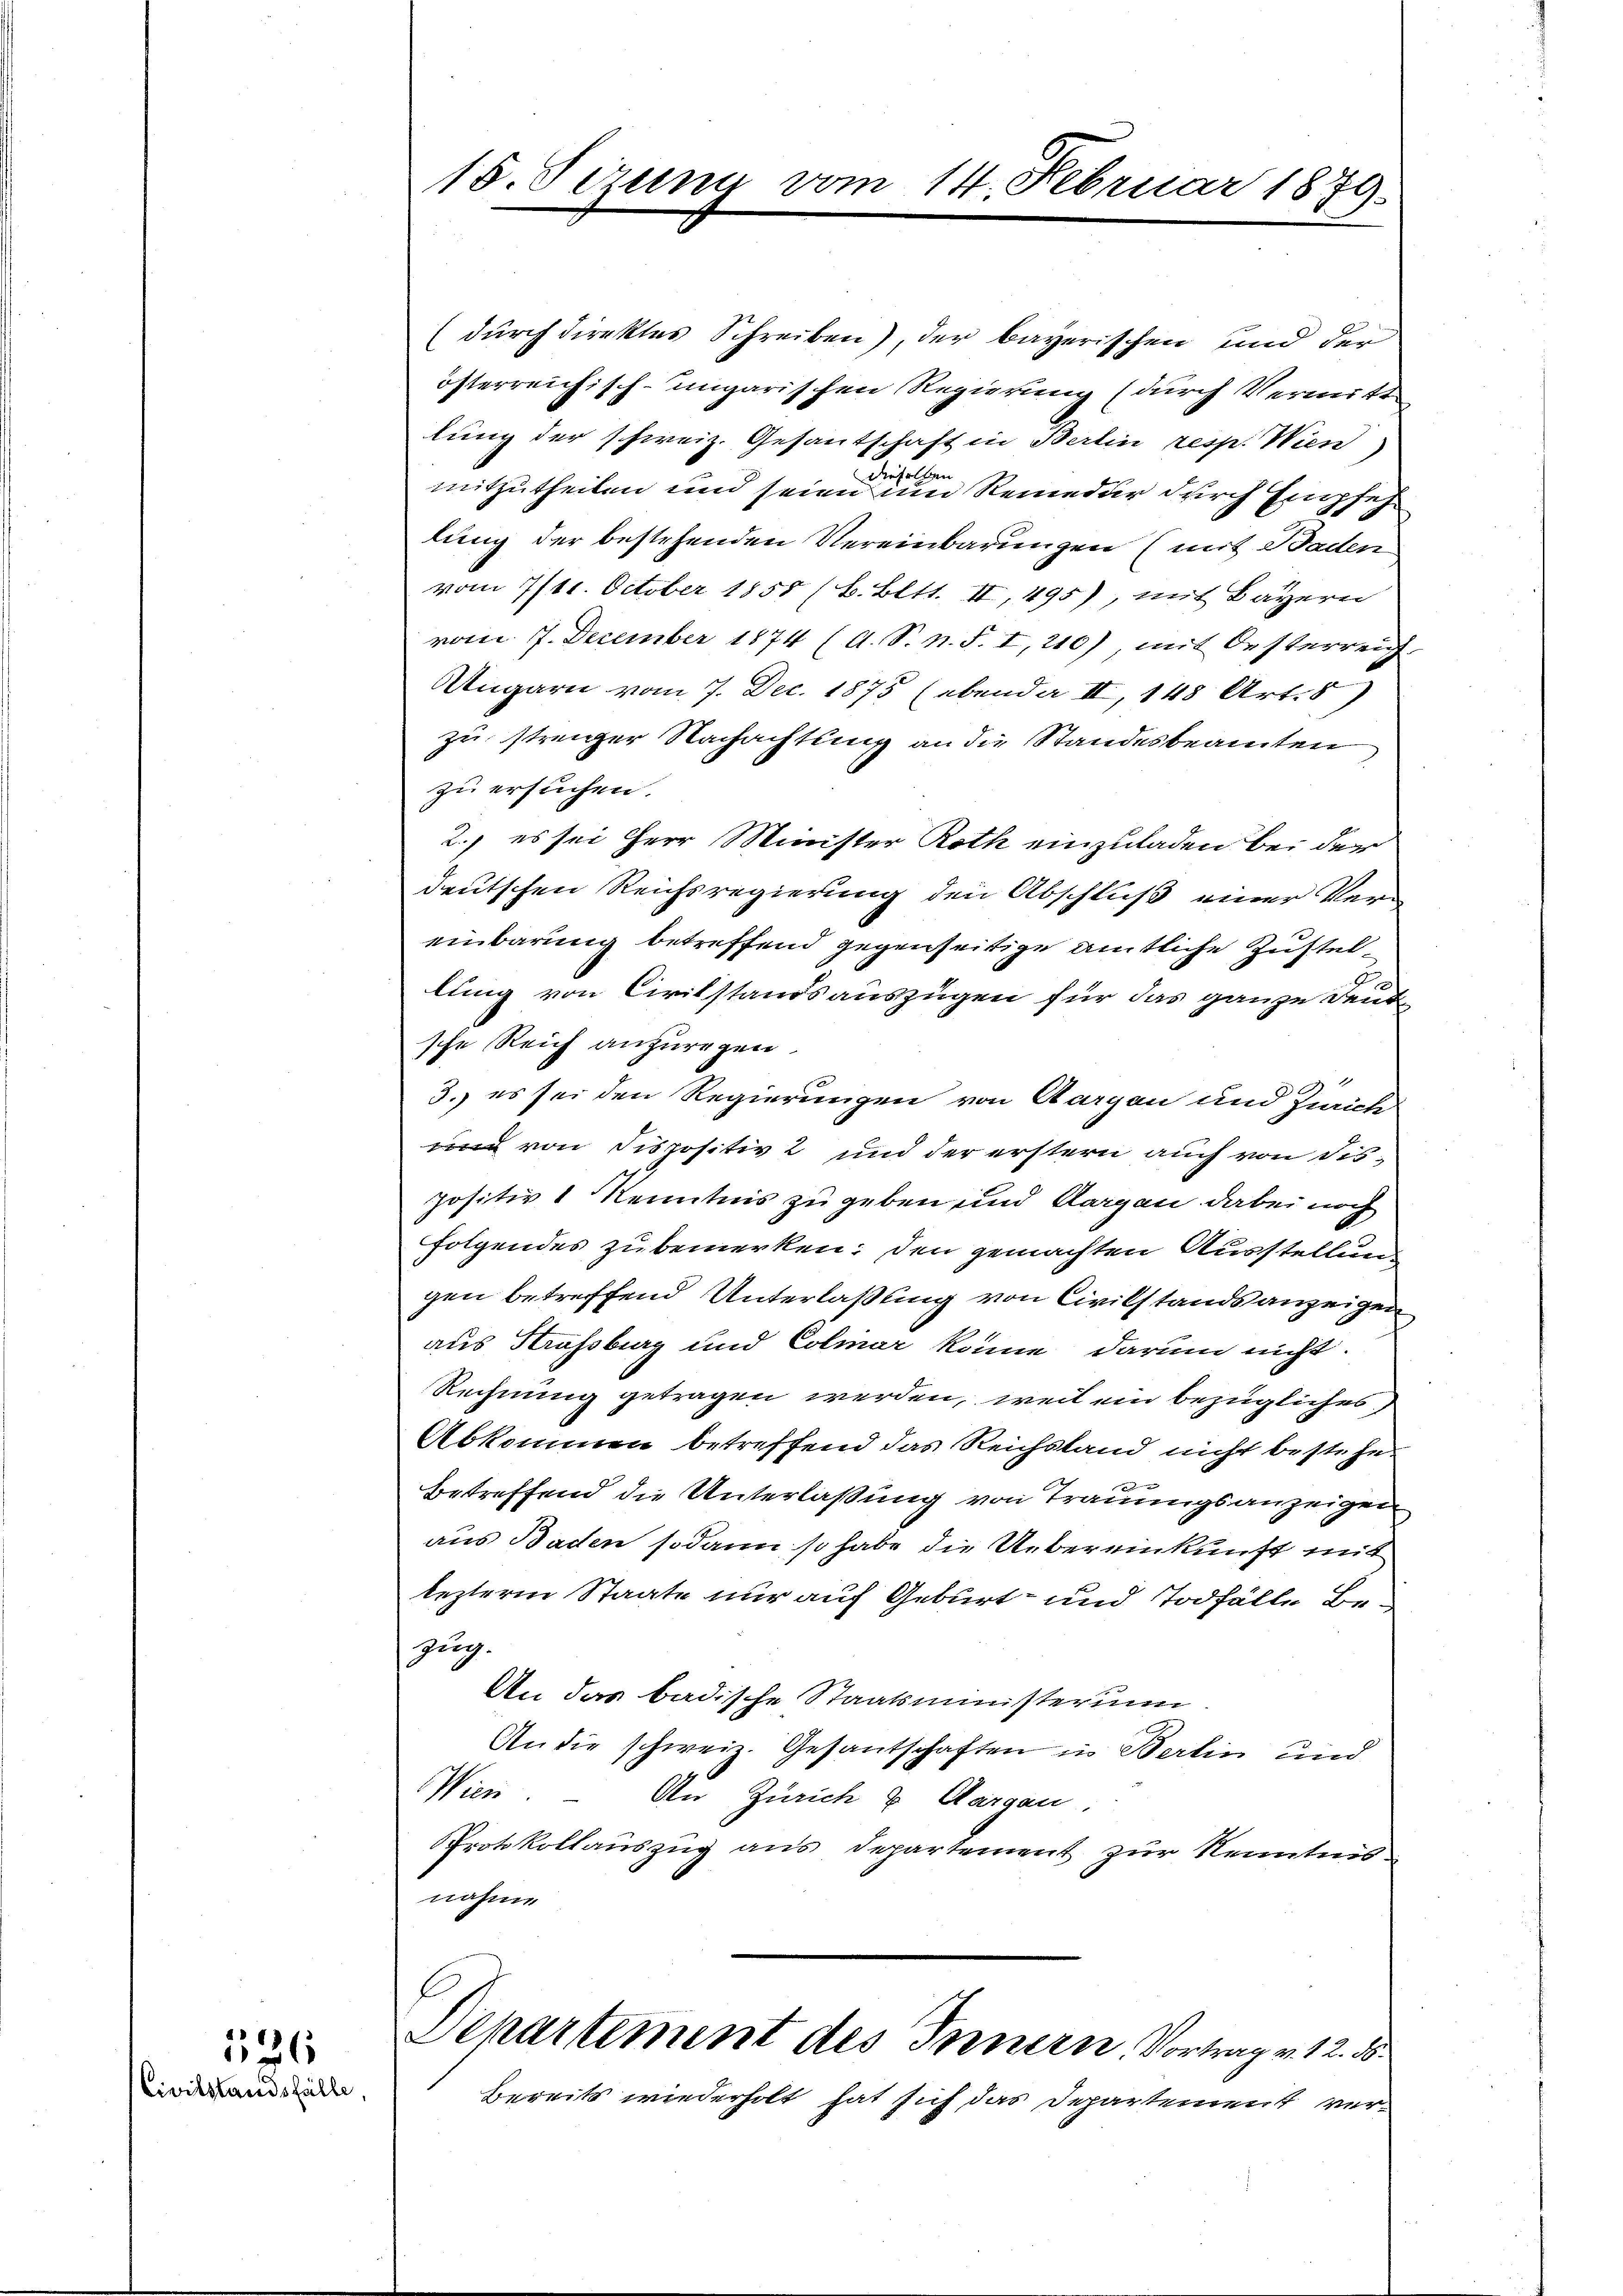
526
Civilstandsfälle,

18. Seren vom 14. Februar 1879.

(durch direktes Schreiben), der bayerischen und der
österreichisch-ungarischen Regierung (durch Vermitt
lung der schweiz. Gesantschaft in Berlin resp. Wien
B
d
mitzutheilen und seien im Reineder durch Empfehlung der bestehenden Vereinbarungen (mit Baden
vom 7/18. October 1858 (6. Bett. II, 495), mit Bayern
vom 7. December 1874 (A. S. n. F. I, 210), mit Oesterreich
Ungarn vom 7. Dec. 1875 (ebenda II, 148 Art. 8)
zu strenger Nachachtung an die Standesbeamten
zu ersuchen.
2., es sei Herr Minister Roth einzuladen bei der
deutschen Reichsregierung den Abschluß einer Ver-
einbarung betreffend gegenseitige amtliche Zustellung von Civilstandsauszügen für das ganze Deut
sche Reich anzuregen.
1
3
3.) es sei den Regierungen von Aargau und Zürich
und von dispositiv 2 und der erstern auch von dispositiv 1 Kenntnis zu geben und Aargau dabei noch
folgendes zu bemerken; den gemachten Ausstellung
gen betreffend Unterlaßung von Civilstands anzeigen
aus Strassburg und Colmar könne darum nicht.
Rechnung getragen werden, weil ein bezügliches
Abkommen betreffend das Reichstand nicht bestehen
J
Betreffend die Unterlaßung von Trauungsanzeigen
aus Baden sodann so habe die Uebereinkunft mit
lezterm Staate nur auf Geburt und Todfälle Bezug.
An das badische Staatsministeriu
An die schweiz. Gesantschaften in Berlin und
Wien. – An Zürich & Aargau,
Protokollauszug aus Departement zur Kenntnis
nahme
Departement des Innern Vortrag v. 12. ds.
Bereits wiederholt hat sich das Departement ver¬